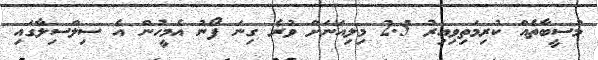
މުސީބާތެއް ކުރިމަތިވިއިރު 2.5 މިލިއަނަށް ވުރެ ގިނަ ފޯނު އެމީހުން އެ ސިލްސިލާގައި